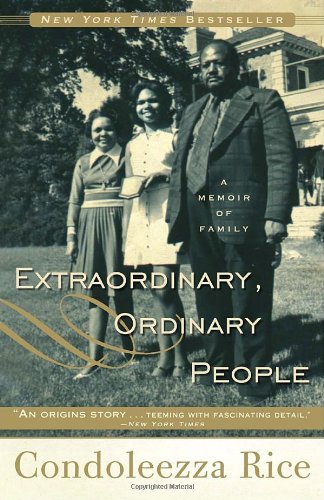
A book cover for Extraordinary, Ordinary People: A Memoir of Family; Condoleezza Rice; Biographies & Memoirs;